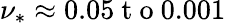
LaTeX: \nu_{*}\approx 0.05\mathrm{~t~o~}0.001